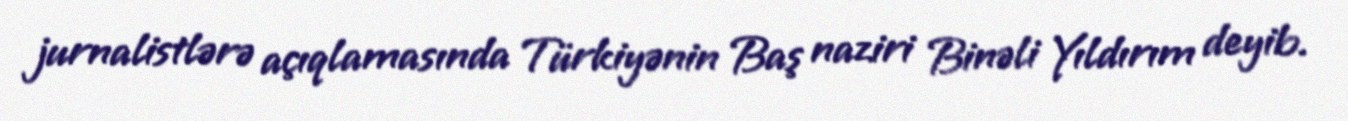
jurnalistlərə açıqlamasında Türkiyənin Baş naziri Binəli Yıldırım deyib.